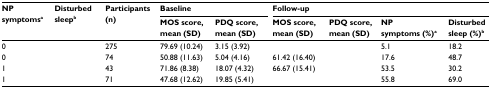
<table><thead><tr><td rowspan="2"><b>NP symptomsa</b></td><td rowspan="2"><b>Disturbed sleepb</b></td><td rowspan="2"><b>Participants (n)</b></td><td colspan="2"><b>Baseline</b></td><td colspan="4"><b>Follow-up</b></td></tr><tr><td><b>MOS score, mean (SD)</b></td><td><b>PDQ score, mean (SD)</b></td><td><b>MOS score, mean (SD)</b></td><td><b>PDQ score, mean (SD)</b></td><td><b>NP symptoms (%)a</b></td><td><b>Disturbed sleep (%)b</b></td></tr></thead><tbody><tr><td>0</td><td>[EMPTY_CELL]</td><td>275</td><td>79.69 (10.24)</td><td>3.15 (3.92)</td><td>[EMPTY_CELL]</td><td>[EMPTY_CELL]</td><td>5.1</td><td>18.2</td></tr><tr><td>0</td><td>[EMPTY_CELL]</td><td>74</td><td>50.88 (11.63)</td><td>5.04 (4.16)</td><td>61.42 (16.40)</td><td>[EMPTY_CELL]</td><td>17.6</td><td>48.7</td></tr><tr><td>1</td><td>[EMPTY_CELL]</td><td>43</td><td>71.86 (8.38)</td><td>18.07 (4.32)</td><td>66.67 (15.41)</td><td>[EMPTY_CELL]</td><td>53.5</td><td>30.2</td></tr><tr><td>1</td><td>[EMPTY_CELL]</td><td>71</td><td>47.68 (12.62)</td><td>19.85 (5.41)</td><td>[EMPTY_CELL]</td><td>[EMPTY_CELL]</td><td>55.8</td><td>69.0</td></tr></tbody></table>